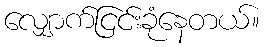
လျှောက်ငြင်းခုံနေတယ်။